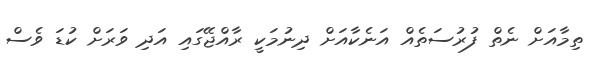
ތިމާއަށް ނެތް ފުރުސަތެއް އަނެކާއަށް ދިނުމަކީ ރާއްޖޭގައި އަދި ވަރަށް ކުޑަ ވެސް